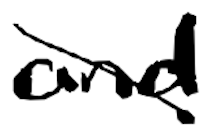
Text: and
Cross-out: diagonal
Writing tool: digital_black